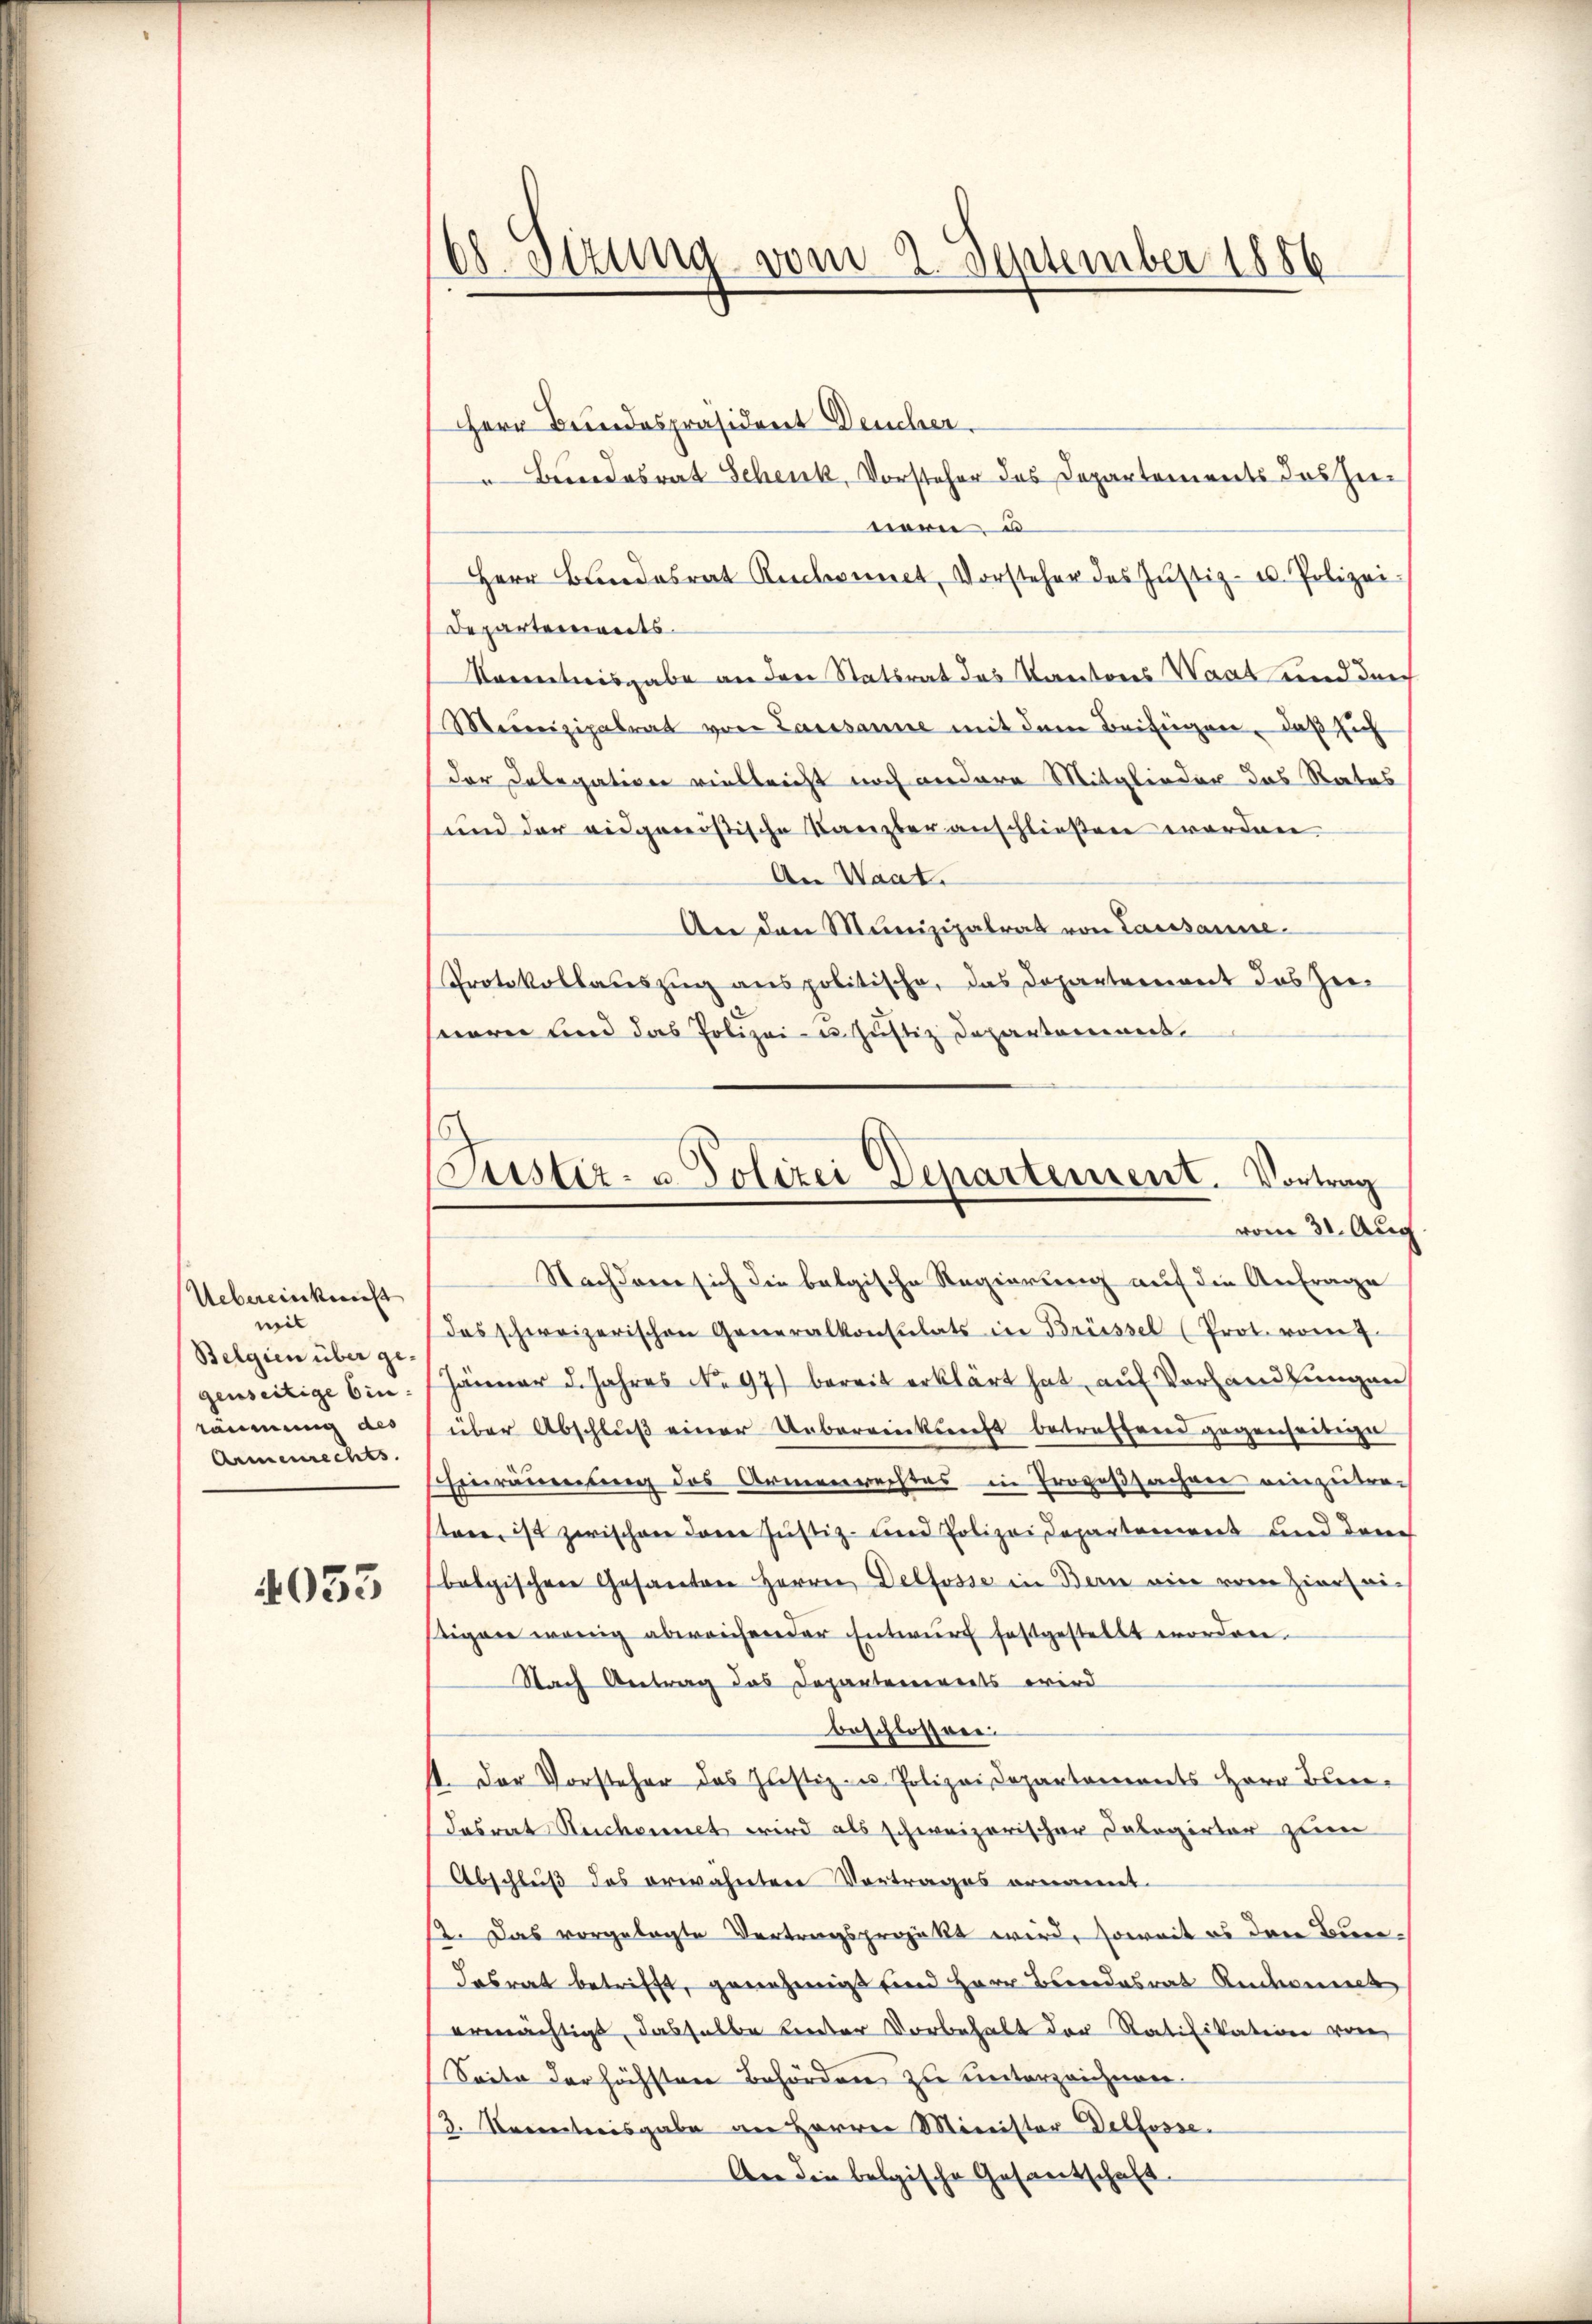
Uebereinkunft
mit
Belgien über gegenseitige bin.
räumung des
Armenrechts.

4033

(68. Sizung vom 2. September 1886

Herr Bundespräsident Deucher.
Bundesrat Schenk, Vorsteher des Departements das hienern u
Herr Blindesrat Rebmet, Vorsteher des Jŭstiz- u. Polizei.
Departements.
Socentreisgabe an der Statsrat des Kantons Waat und der
Meunizipalrat von Lausanne mit dem Beifügen, daß sich
der Delegation vielleicht noch andere Mitglieder das Rates
und der eidgenössische Kanzler anschließen worden
An Waat.
An den Munizipalrat von Lausanne
Protokollauszug aus politische, das Departement das Zeiseearei und das Polizei- u. Justiz Departement¬

Justiz- u. Polizei Departement. Vortrag
vom 31. Aug.

Nachdem sich die belgische Regierung auf die Anfrage
das schweizerischen Generalkonsulats in Brüssel (Prot. vom 7.
Jänner 5. Jahres No. 97) bereit erklärt hat, auf Vorhandlungen
über Abschlŭβ einer Uebereinkunft betreffend gegenseitige
inronnerung des Armenrechtes in Prozeßsachen einzutrei
tree, ist zwischen dene Justiz- und Polizeidepartenwert und den
belgischen Gesanten Herrn Delfosse in Bern eine vom Zierleitigen wenig abweichender Entwurf festgestellt worden.
Nach Antrag das Departenereits wird
beschlossen.
1. Der Vorsteher das Justiz- u Polizei Departements Herr Ober-
dasrat Reichennet wird als schweizerischer Dolegirter zum
Abschluß des erwähnten Vortrages ernannt.
2. Das vorgelegte Vertragsprojekt wird, soweit es den Bundasrat betrifft, genehmigt sind Herr Bundesrat Ruchet
ermächtigt, dasselbe bereter Vorbehalt der Ratifikationen von
Seite der höchsten Behörden zu unterzeichnen.
Z. Korrestreisgabe an Herren Minister Deblosse
An die belgische Gesantschaft-